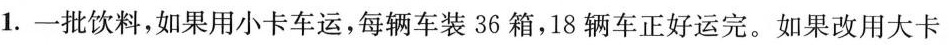
1.一批饮料,如果用小卡车运,每辆车装 36 箱，18辆车正好运完。如果改用大卡